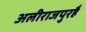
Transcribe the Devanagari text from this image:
अलीराजपुरहै